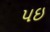
પઇ